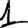
Digit: 1